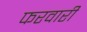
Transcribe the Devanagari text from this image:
फरवारी